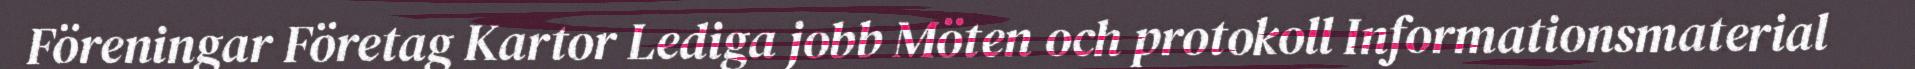
Föreningar Företag Kartor Lediga jobb Möten och protokoll Informationsmaterial